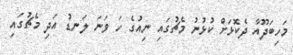
މަހިބަދޫއާ ދެކޮޅަށް ކުޅުނު މެޗުގައި ނިއުގެ ހަ ވަނަ ލަނޑު އަދި މެޗުގައި